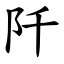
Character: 阡